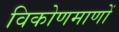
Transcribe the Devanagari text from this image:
विकोणमाणों